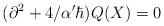
LaTeX: \begin{align*}(\partial^2 + 4/\alpha'\hbar)Q(X)=0\end{align*}